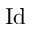
\operatorname { I d }